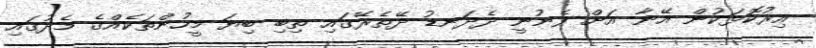
އިރުކޮޅަކުން އޭނާ އަށް ފެނުނީ ދެދަނޑު ދޭތެރޭގައި ތިބި ބިޔަ މީހުންތަކެއްގެ މެދުގައި